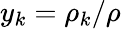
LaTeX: y_{k}=\rho_{k}/\rho